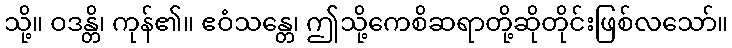
သို့။ ဝဒန္တိ၊ ကုန်၏။ ဧဝံသန္တေ၊ ဤသို့ကေစိဆရာတို့ဆိုတိုင်းဖြစ်လသော်။